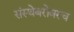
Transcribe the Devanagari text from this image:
संस्थेबरोबरच